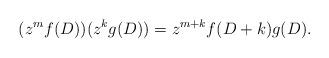
LaTeX: \begin{align*}( z^m f ( D ) ) ( z^k g ( D ) ) = z^{m + k} f ( D + k ) g ( D ). \end{align*}